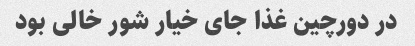
در دورچین غذا جای خیار شور خالی بود